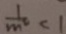
\frac { 1 } { m ^ { 2 } } < 1